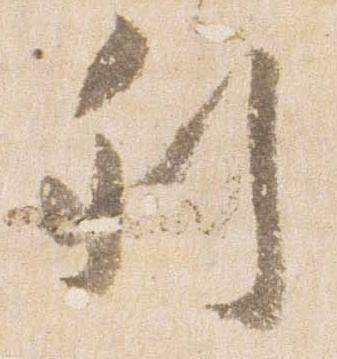
列